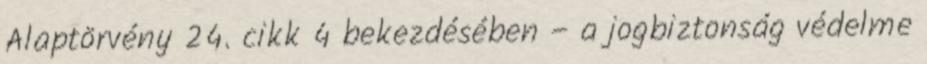
Alaptörvény 24. cikk 4 bekezdésében – a jogbiztonság védelme